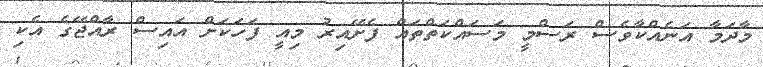
މާދަމާ އަނެއްކާވެސް ރަސްމީ މަސައްކަތްތައް ފެށޭއިރު މިއީ ފަހަކަށް އައިސް ރާއްޖޭގެ އެކި